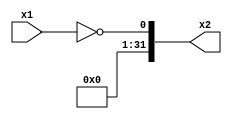
module NOT(x1, x2);
    // Inputs
    input[31:0]x1;

    // Outputs
    output reg[31:0]x2;

    // Main
    always@(x1)
    begin
        // x3 is logical NOT of x1
        x2 = !x1;
    end
endmodule